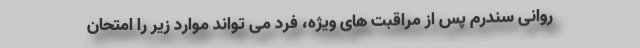
روانی سندرم پس از مراقبت های ویژه، فرد می تواند موارد زیر را امتحان